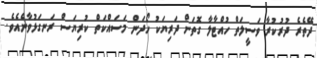
ދޭތެރެ ދުރުކުރާ ވަސީލަތް ހުއްޓާލާ ގޮތަށް ދަރިޔަކު ހޯދަން މަސައްކަތް ކުރިޔަސް ރަނގަޅުވާނެއެވެ.